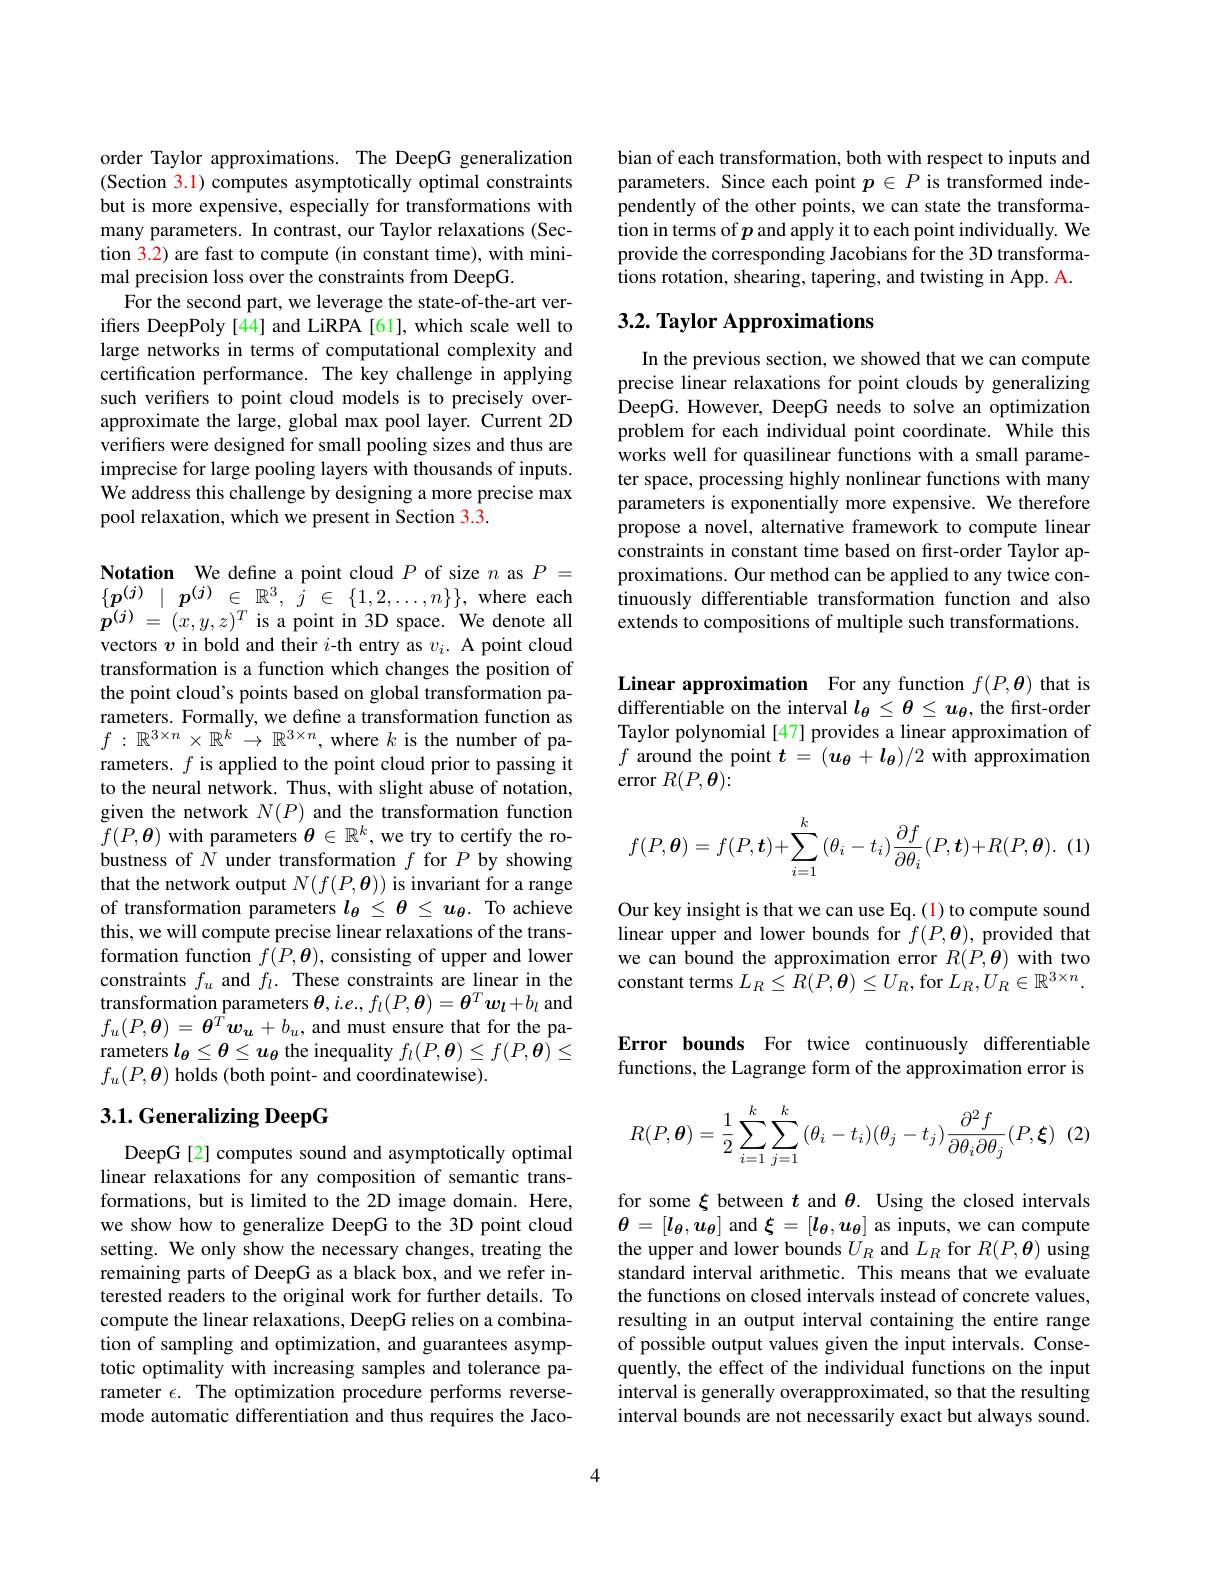
order Taylor approximations. The DeepG generalization (Section 3.1) computes asymptotically optimal constraints but is more expensive, especially for transformations with many parameters. In contrast, our Taylor relaxations (Section 3.2) are fast to compute (in constant time), with minimal precision loss over the constraints from DeepG.
For the second part, we leverage the state-of-the-art verifers DeepPoly[44] and LiRPA [61], which scale well to large networks in terms of computational complexity and certification performance. The key challenge in applying such verifiers to point cloud models is to precisely overapproximate the large, global max pool layer. Current 2D verifiers were designed for small pooling sizes and thus are imprecise for large pooling layers with thousands of inputs. We address this challenge by designing a more precise max pool relaxation, which we present in Section 3.3.

Notation We define a point cloud $P$ of size $n$ as $P=$ $\begin{array}{l}\{\boldsymbol{p}^{(j)}\mid\boldsymbol{p}^{(j)}\in\mathbb{R}^{3},\:\dot{j}\in\:\{1,2,\ldots,n\}\},\text{where each}\\\boldsymbol{p}^{(j)}=\:(x,y,z)^{T}\:\text{is a point in 3D space. We denote all}\end{array}$ vectors $v$ in bold and their $i$-th entry as $v_i.$ A point cloud transformation is a function which changes the position of the point cloud's points based on global transformation parameters. Formally, we define a transformation function as $f:\mathbb{R}^{3\times n}\times\mathbb{R}^k\to\mathbb{R}^{3\times n}$, where $k$ is the number of parameters. $f$ is applied to the point cloud prior to passing it to the neural network. Thus, with slight abuse of notation, given the network $N(P)$ and the transformation function $f(P,\boldsymbol{\theta})$ with parameters $\boldsymbol\theta\in\mathbb{R}^k$, we try to certify the robustness of $N$ under transformation $f$ for $P$ by showing that the network output $N(f(P,\boldsymbol{\theta}))$ is invariant for a range of transformation parameters $l_{\theta}\leq\theta\leq u_{\theta}.$ To achieve this, we will compute precise linear relaxations of the transformation function $f(P,\boldsymbol{\theta})$, consisting of upper and lower constraints $f_u$ and $f_l.$ These constraints are linear in the transformation parameters $\theta,i.e.,f_l(P,\boldsymbol{\theta})=\boldsymbol{\theta}^T\boldsymbol{w}_l+b_l$ and $f_{u}(P,\boldsymbol{\theta})=\boldsymbol{\theta}^{\hat{T}}\boldsymbol{w}_{\boldsymbol{u}}+b_{u}$, and must ensure that for the parameters $l_\theta\leq\theta\leq u_\theta$ the inequality $f_l(P,\boldsymbol{\theta})\leq f(P,\boldsymbol{\theta})\leq$ $f_u(P,\boldsymbol{\theta})$ holds (both point- and coordinatewise).

## 3.1. Generalizing DeepG

DeepG[2] computes sound and asymptotically optimal linear relaxations for any composition of semantic transformations, but is limited to the 2D image domain. Here, we show how to generalize DeepG to the 3D point cloud setting. We only show the necessary changes, treating the remaining parts of DeepG as a black box, and we refer interested readers to the original work for further details. To compute the linear relaxations, DeepG relies on a combination of sampling and optimization, and guarantees asymptotic optimality with increasing samples and tolerance parameter $\epsilon.$ The optimization procedure performs reversemode automatic differentiation and thus requires the Jaco-

bian of each transformation, both with respect to inputs and parameters. Since each point $p\in P$ is transformed independently of the other points, we can state the transformation in terms of $p$ and apply it to each point individually. We provide the corresponding Jacobians for the 3D transformations rotation, shearing, tapering, and twisting in App. A.

## $3. 2. \textbf{ Taylor Approximations}$

In the previous section, we showed that we can compute precise linear relaxations for point clouds by generalizing $\hat{\text{DeepG. However, DeepG needs to solve an optimization}}$ problem for each individual point coordinate. While this works well for quasilinear functions with a small parameter space, processing highly nonlinear functions with many parameters is exponentially more expensive. We therefore propose a novel, alternative framework to compute linear constraints in constant time based on first-order Taylor approximations. Our method can be applied to any twice continuously differentiable transformation function and also extends to compositions of multiple such transformations.

Linear approximation For any function $f(P,\boldsymbol{\theta})$ that is differentiable on the interval $l_\theta\leq\theta\leq u_\theta$, the frst-order Taylor polynomial [47] provides a linear approximation of $f$ around the point $t=(\boldsymbol u_{\theta}+\boldsymbol l_{\theta})/2$ with approximation error $R(P,\boldsymbol{\theta}):$
$$f(P,\boldsymbol{\theta})=f(P,\boldsymbol{t})+\sum_{i=1}^k(\theta_i-t_i)\frac{\partial f}{\partial\theta_i}(P,\boldsymbol{t})+R(P,\boldsymbol{\theta}).\:(1)$$
Our key insight is that we can use Eq. (1) to compute sound linear upper and lower bounds for $f(P,\boldsymbol{\theta})$, provided that we can bound the approximation error $R(P,\boldsymbol{\theta})$ with two constant terms $L_R\leq\tilde{R}(P,\boldsymbol{\theta})\leq U_R$, for $\dot{L}_R,U_R\in\mathbb{R}^{3\times n}.$

Error bounds For twice continuously differentiable functions, the Lagrange form of the approximation error is
$$R(P,\boldsymbol{\theta})=\dfrac{1}{2}\sum\limits_{i=1}^{k}\sum\limits_{j=1}^{k}{(\theta_i-t_i)(\theta_j-t_j)\dfrac{\partial^2f}{\partial\theta_i\partial\theta_j}(P,\boldsymbol{\xi})}\:(2)$$
for some $\xi$ between $t$ and $\theta.$ Using the closed intervals $\boldsymbol{\theta}=[\boldsymbol{l}_{\boldsymbol{\theta}},\boldsymbol{u}_{\boldsymbol{\theta}}]$ and $\boldsymbol{\xi}=[\boldsymbol{l}_{\boldsymbol{\theta}},\boldsymbol{u}_{\boldsymbol{\theta}}]$ as inputs, we can compute the upper and lower bounds $U_R$ and $L_R$ for $R(P,\boldsymbol{\theta})$ using standard interval arithmetic. This means that we evaluate the functions on closed intervals instead of concrete values, resulting in an output interval containing the entire range of possible output values given the input intervals. Consequently, the effect of the individual functions on the input interval is generally overapproximated, so that the resulting interval bounds are not necessarily exact but always sound.

4